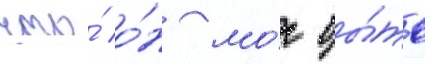
что́ о́н мо́г бы́ть